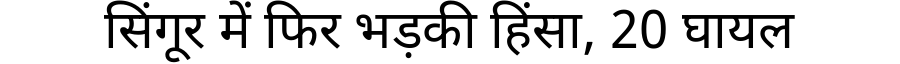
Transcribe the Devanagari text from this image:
सिंगूर में फिर भड़की हिंसा, 20 घायल